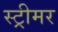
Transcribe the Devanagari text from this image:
स्ट्रीमर